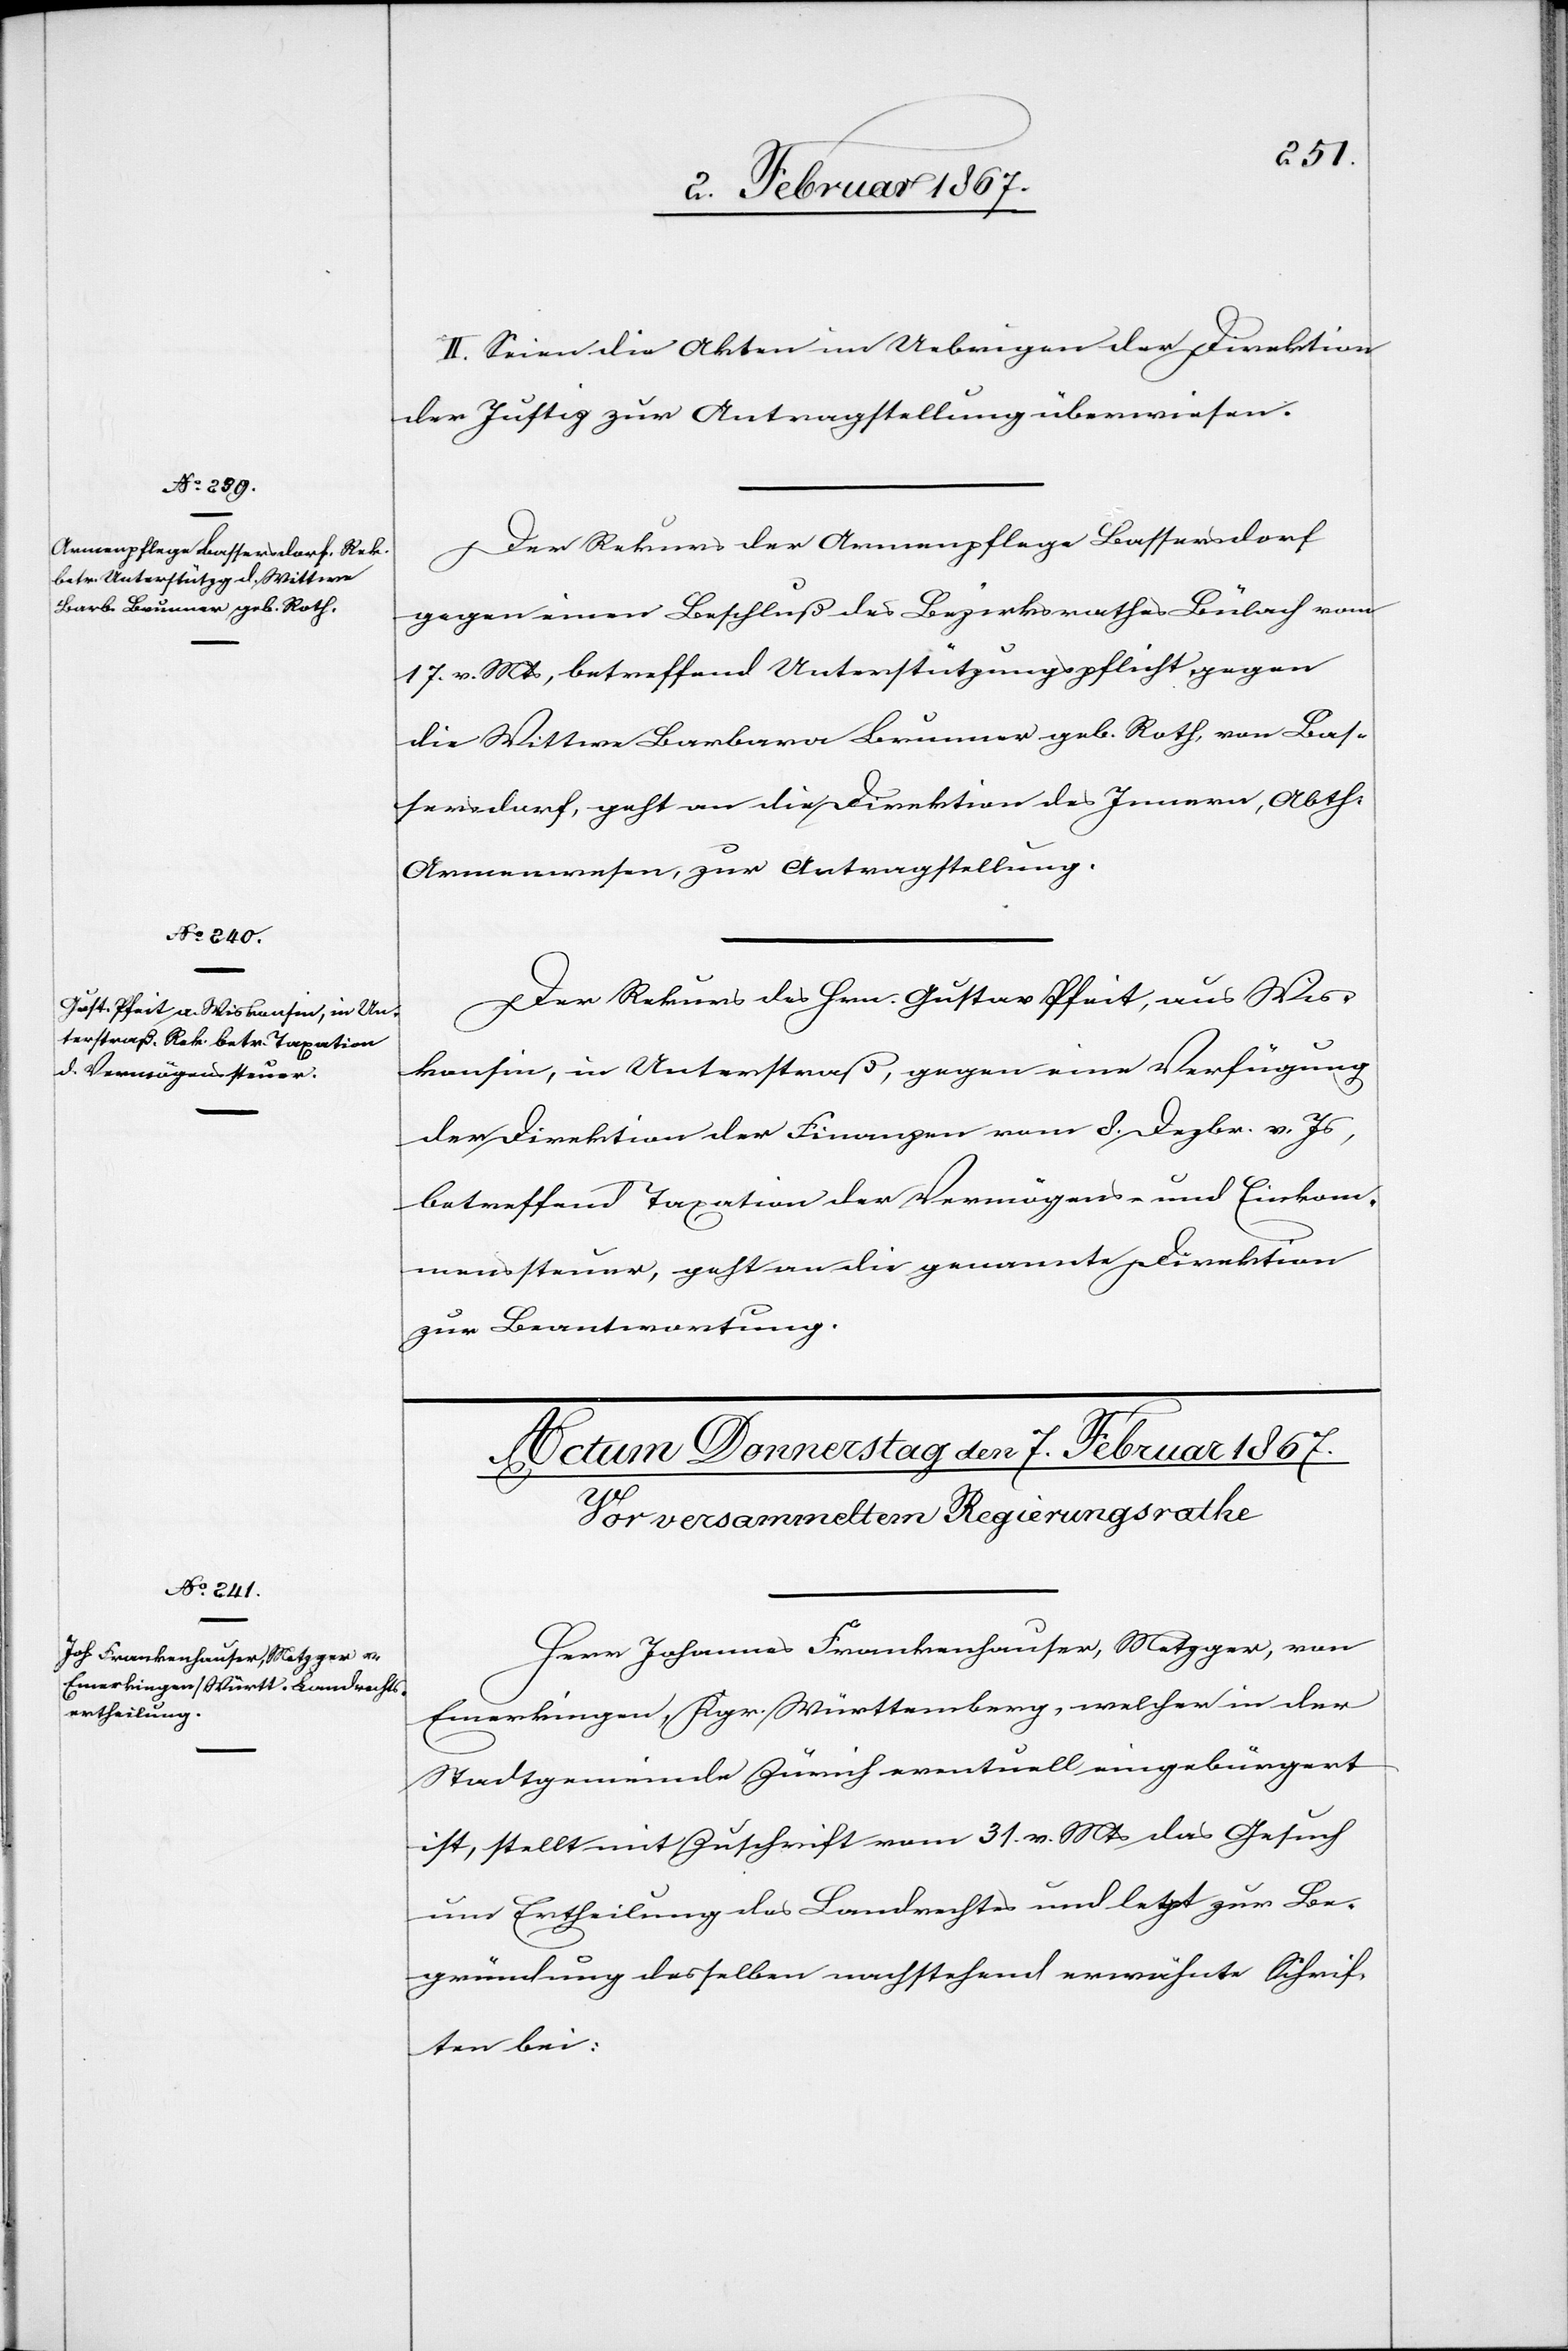
6. Februar 1867.]
II. Seien die Akten im Uebrigen der Direktion
der Justiz zur Antragstellung überwiesen.
Der Rekurs der Armenpflege Bassersdorf
gegen einen Beschluß des Bezirksrathes Bülach vom
17. v. Mts, betreffend Unterstützungspflicht gegen
die Wittwe Barbara Brunner geb. Roth, von Bas¬
sersdorf, geht an die Direktion des Innern, Abth.
Armenwesen, zur Antragstellung.
Der Rekurs des Hrn. Gustav Pfeit, aus Wis¬
konsin, in Unterstraß, gegen eine Verfügung
der Direktion der Finanzen vom 8. Dezbr. v. Js,
betreffend Taxation der Vermögens- und Einkom¬
menssteuer, geht an die genannte Direktion
zur Beantwortung.
Herr Johannes Frankenhauser, Metzger, von
Emerkingen, Kgr. Württemberg, welcher in der
Stadtgemeinde Zürich eventuell eingebürgert
ist, stellt mit Zuschrift vom 31. v. Mts das Gesuch
um Ertheilung des Landrechtes und legt zur Be¬
gründung desselben nachstehend erwähnte Schrif¬
ten bei: